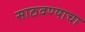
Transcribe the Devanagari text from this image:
साठवण्याचा